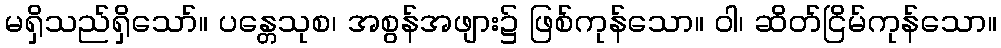
မရှိသည်ရှိသော်။ ပန္တေသုစ၊ အစွန်အဖျား၌ ဖြစ်ကုန်သော။ ဝါ၊ ဆိတ်ငြိမ်ကုန်သော။